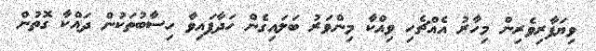
ވިޔަފާރިވެރިން މިހާރު އެއްޗެހި ވިއްކާ މިންވަރު ބަލައިގެން ހަދާފައިވާ ހިސާބުތަކުން ދައްކާ ގޮތުން